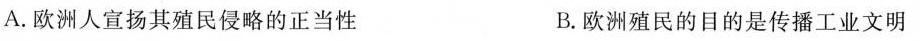
A.欧洲人宣扬其殖民侵略的正当性 B.欧洲殖民的目的是传播工业文明